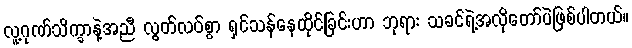
လူ့ဂုဏ်သိက္ခာနဲ့အညီ လွတ်လပ်စွာ ရှင်သန်နေထိုင်ခြင်းဟာ ဘုရား သခင်ရဲ့အလိုတော်ပဲဖြစ်ပါတယ်။